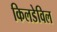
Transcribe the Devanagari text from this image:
किलडेविल